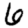
Digit: 6